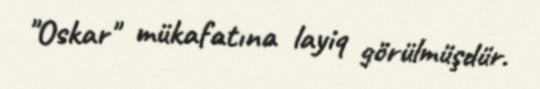
"Oskar" mükafatına layiq görülmüşdür.